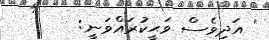
' އަދިވެސް ވަޙީކުރައްވަނީ: